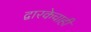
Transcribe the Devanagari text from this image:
द्वारकेचाही